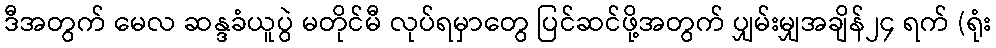
ဒီအတွက် မေလ ဆန္ဒခံယူပွဲ မတိုင်မီ လုပ်ရမှာတွေ ပြင်ဆင်ဖို့အတွက် ပျှမ်းမျှအချိန်၂၄ ရက် (ရုံး